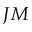
J M